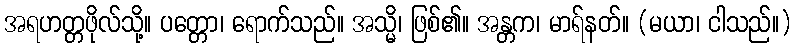
အရဟတ္တဖိုလ်သို့။ ပတ္တော၊ ရောက်သည်။ အသ္မိ၊ ဖြစ်၏။ အန္တက၊ မာရ်နတ်။ (မယာ၊ ငါသည်။)